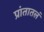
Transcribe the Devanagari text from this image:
प्रांतातलं